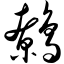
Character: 鹩